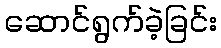
ဆောင်ရွက်ခဲ့ခြင်း